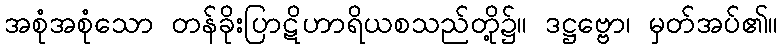
အစုံအစုံသော တန်ခိုးပြာဋိဟာရိယစသည်တို့၌။ ဒဋ္ဌဗ္ဗော၊ မှတ်အပ်၏။